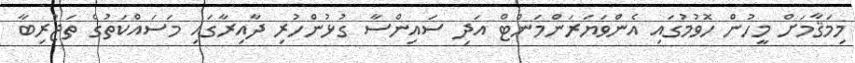
މިމަޤާމަށް މީހުން ހޮވުމުގައި އެންވަޔަރަންމަންޓް އަދި ސައިންސާ ގުޅުންހުރި ދާއިރާގައި މަސައްކަތުގެ ތަޖުރިބާ